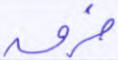
خرق